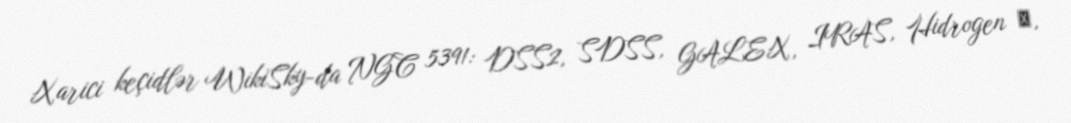
Xarici keçidlər WikiSky-da NGC 5391: DSS2, SDSS, GALEX, IRAS, Hidrogen α,